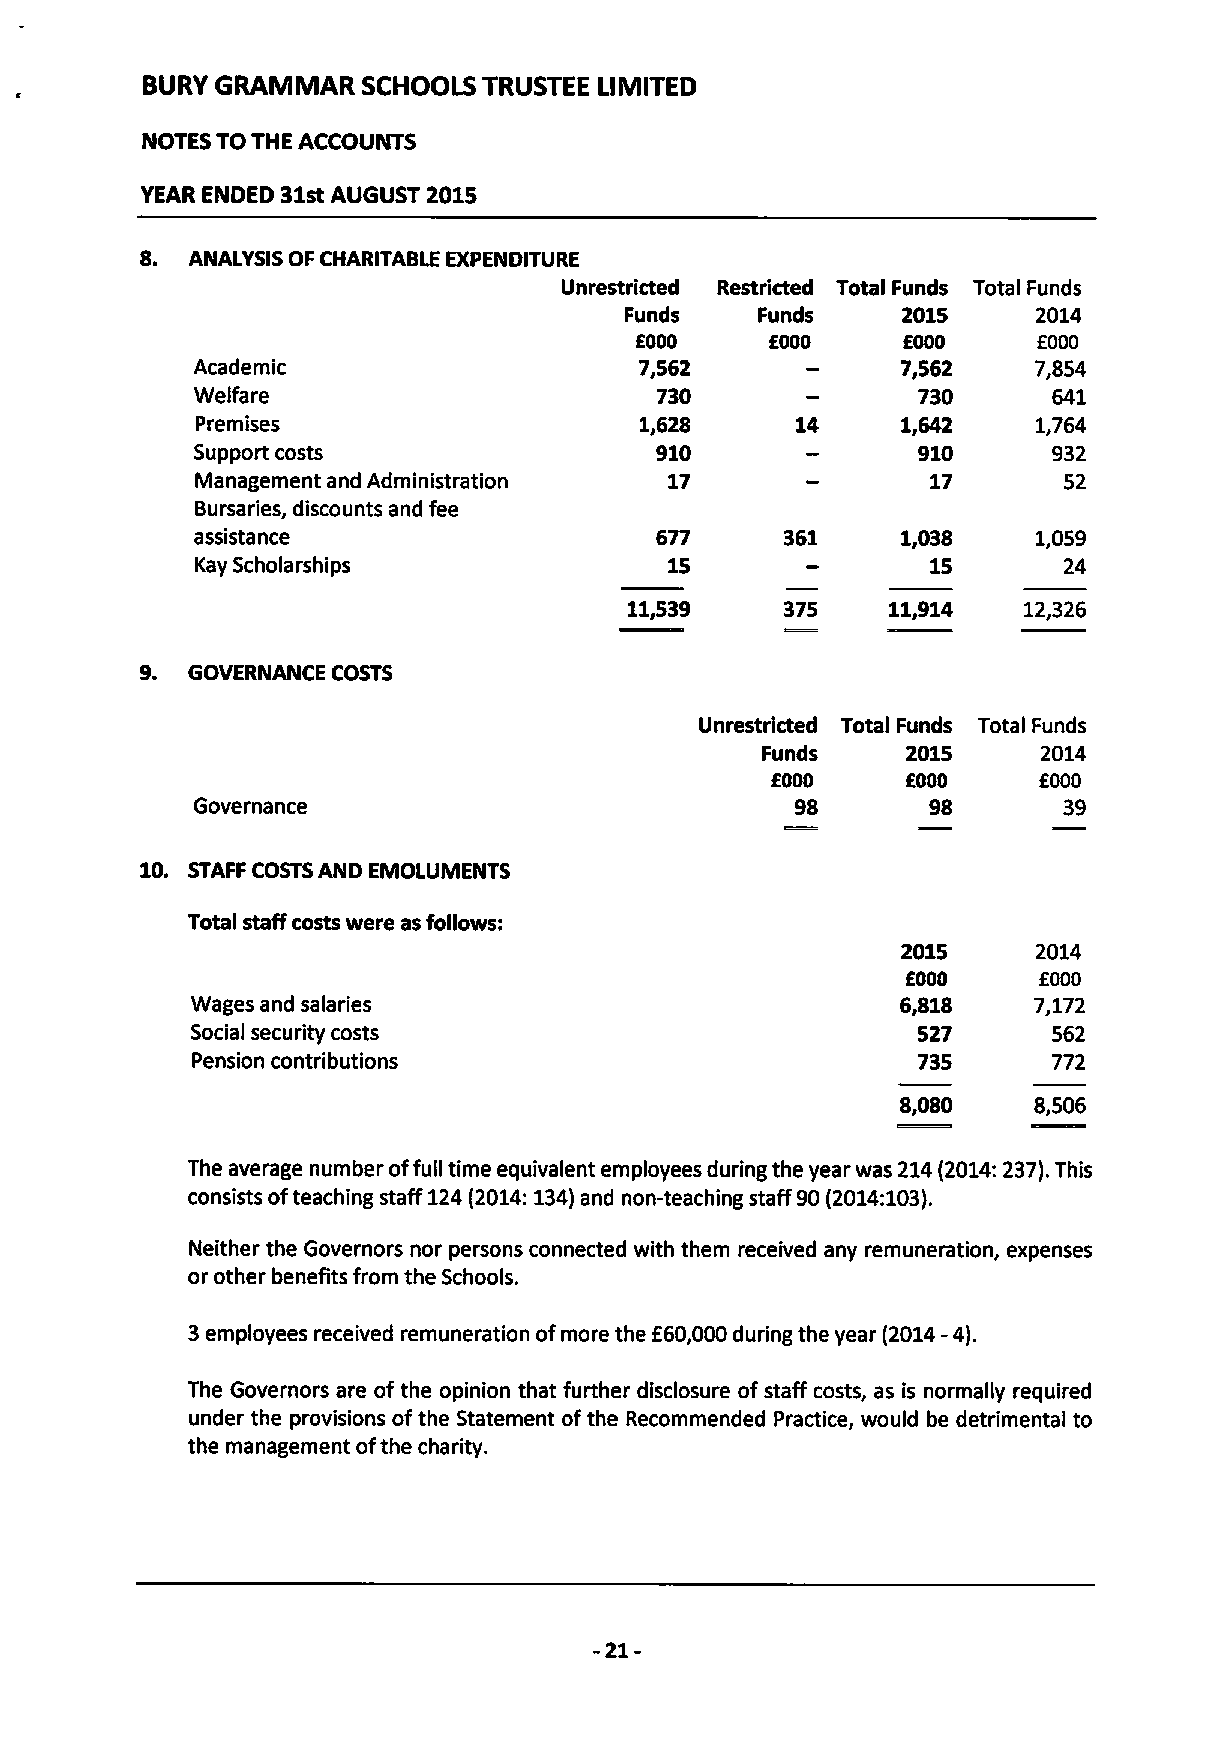
BURY GRAMMAR   SCHOOLS TRUSTEE LIMITED
 NOTES TO THE ACCOUNTS
 YEAR ENDED 31stAUGUST 2015
 8.
 ANALYSIS OF CHARITABLE EXPENOITURE
 Unrestricted Restricted Total Funds Total Funds
 Funds    Funds     2015     2014
 f000
 EOOD     EOOD              EOOD
 Academic                     7,562             7,562   7,854
 Welfare                       730               730      641
 Premises                     1,628             1,642    1,764
 Support costs                 910               910      932
 Management and Administration  17                17      52
 Bursaries, discounts and fee
 assistance                    677      361     1,038    1,059
 Kay Scholarships               15                15      24
 11,539    375    11,914   12,326
 9.
 GOVERNANCE COSTS
 Unrestricted Total Funds Total Funds
 Funds     2015     2014
 EOOD     EOOD     OOOO
 Governance                              98      98       39
 10. STAFF COSTSAND EMOI.UMENTS
 Total staff costs were as follows:
 2015     2014
 f000
 ROOD
 Wages and salaries                             6,818   7,172
 Social security costs                           527      562
 Pension contributions                           735      772
 8,080   8,506
 The average number offull time equivalent employees during the year was 214(2014:237).This
 consists ofteaching staff 124(2014:134)and non-teaching staff 90(2014:103).
 Neither the Governors nor persons connected with them received any remuneration, expenses
 or other benefits from the Schools.
 f
 3employees received remuneration ofmore the 60,000during the year (2014-4).
 The Governors are ofthe opinion that further disclosure of staff costs, as is normally required
 under the provisions ofthe Statement ofthe Recommended Practice, would be detrimental to
 the management ofthe charity.
 -21-